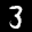
Label: 3